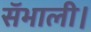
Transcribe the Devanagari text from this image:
सॅभाली।